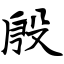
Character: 殷